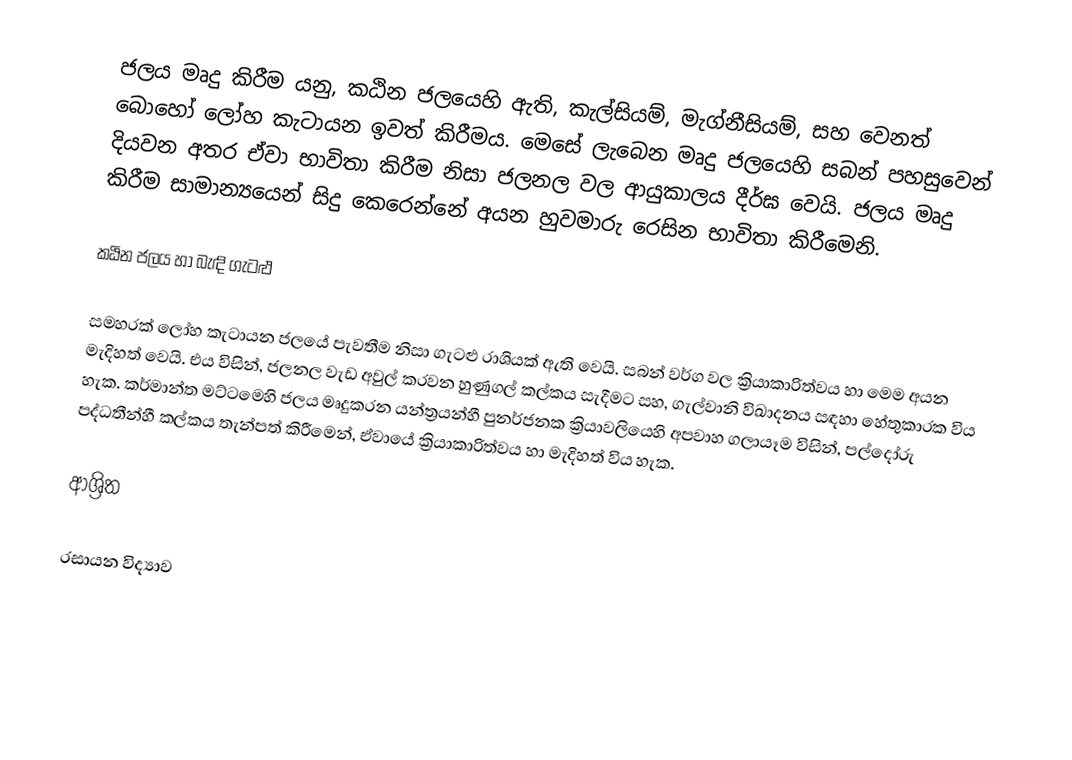
ජලය මෘදු කිරීම යනු, කඨින ජලයෙහි ඇති, කැල්සියම්, මැග්නීසියම්, සහ වෙනත් බොහෝ ලෝහ කැටායන ඉවත් කිරීමය.  මෙසේ ලැබෙන මෘදු ජලයෙහි සබන් පහසුවෙන් දියවන අතර ඒවා භාවිතා කිරීම නිසා ජලනල වල ආයුකාලය දීර්ඝ වෙයි. ජලය මෘදු කිරීම සාමාන්‍යයෙන් සිදු කෙරෙන්නේ අයන හුවමාරු රෙසින භාවිතා කිරීමෙනි.

කඨින ජලය හා බැඳි ගැටළු

සමහරක් ලෝහ කැටායන ජලයේ පැවතීම නිසා ගැටළු රාශියක් ඇති වෙයි.  සබන් වර්ග වල ක්‍රියාකාරිත්වය හා මෙම අයන මැදිහත් වෙයි.  එය විසින්,   ජලනල වැඩ අවුල් කරවන හුණුගල් කල්කය සැදීමට සහ, ගැල්වානි විඛාදනය සඳහා  හේතුකාරක විය හැක.  කර්මාන්ත මට්ටමෙහි ජලය මෘදුකරන යන්ත්‍රයන්හී පුනර්ජනක ක්‍රියාවලියෙහි  අපවාහ ගලායෑම විසින්, පල්දෝරු පද්ධතීන්හී කල්කය තැන්පත් කිරීමෙන්,  ඒවායේ ක්‍රියාකාරිත්වය හා මැදිහත් විය හැක.

ආශ්‍රිත

රසායන විද්‍යාව